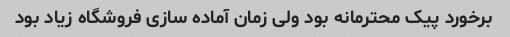
برخورد پیک محترمانه بود ولی زمان آماده سازی فروشگاه زیاد بود